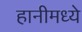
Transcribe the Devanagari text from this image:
हानीमध्ये